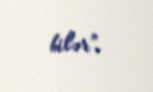
bilər”.